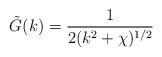
LaTeX: \begin{align*}\tilde{G} (k) = {1 \over 2 (k^2 + \chi)^{1/2}}\end{align*}